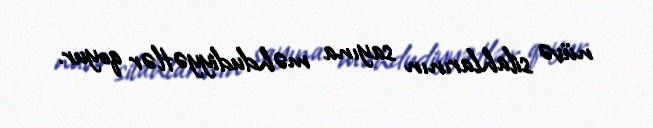
nüvə silahlarının sayına məhdudiyyətlər qoyur.